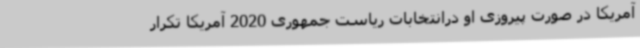
آمریکا در صورت پیروزی او درانتخابات ریاست جمهوری 2020 آمریکا تکرار